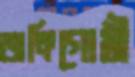
জঙ্গিগোষ্ঠী